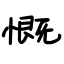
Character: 慨